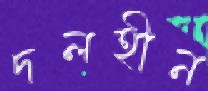
দলহীন